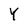
Character: Y